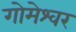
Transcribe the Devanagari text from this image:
गोमेश्वर